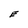
Character: E